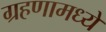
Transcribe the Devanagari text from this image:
ग्रहणामध्ये